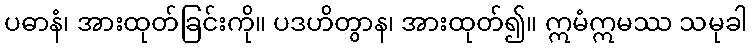
ပဓာနံ၊ အားထုတ်ခြင်းကို။ ပဒဟိတွာန၊ အားထုတ်၍။ ဣမံဣမဿ သမုခါ